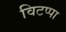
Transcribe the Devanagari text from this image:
विटप्पा